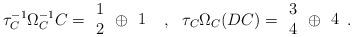
LaTeX: \begin{align*}\tau_C^{-1}\Omega_C^{-1}C={\begin{array}{c}1\\2\end{array}}\oplus{\begin{array}{c}1\end{array}}~~,~~\tau_C\Omega_C(DC)={\begin{array}{c}3\\4\end{array}}\oplus{\begin{array}{c}4\end{array}}.\end{align*}